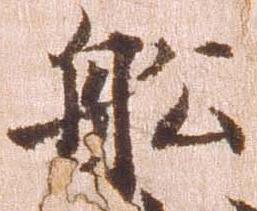
船